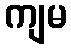
ကျမ